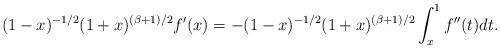
LaTeX: \begin{align*}(1-x)^{-1/2}(1+x)^{(\beta+1)/2}f^{\prime}(x)=-(1-x)^{-1/2}(1+x)^{(\beta+1)/2}\int_{x}^{1}f^{\prime\prime}(t)dt.\end{align*}